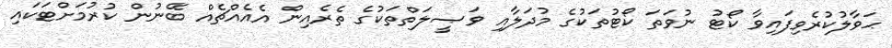
ޙަވާލުކުރެވިފައިވާ ކޯޓު ނުވަތަ ކޯޓުތަކުގެ މުދަލާއި ވަޞީލަތްތަކުގެ ތެރެއިން އެއެއްޗެއް ބޭނުން ކުރުމަށްޓަކައި